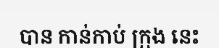
បាន កាន់កាប់ ក្រុង នេះ